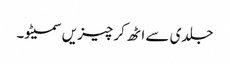
جلدی سے اٹھ کر چیزیں سمیٹو۔